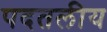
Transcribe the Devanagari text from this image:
पदतलीय